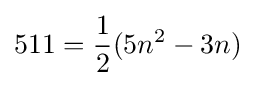
511={\frac {1}{2}}(5n^{2}-3n)